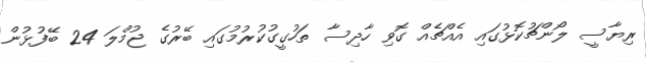
ރިޔާސީ ލޯންޗުކޮޅުގައި އެއްޗެއް ގޮވި ހާދިސާ ތަހުގީގުކުރުމުގައި ބޭރުގެ ޖުމްލަ 24 ބޭފުޅުން